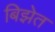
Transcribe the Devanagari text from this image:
बिझेत